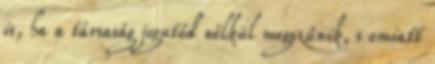
is, ha a társaság jogutód nélkül megszűnik, s emiatt